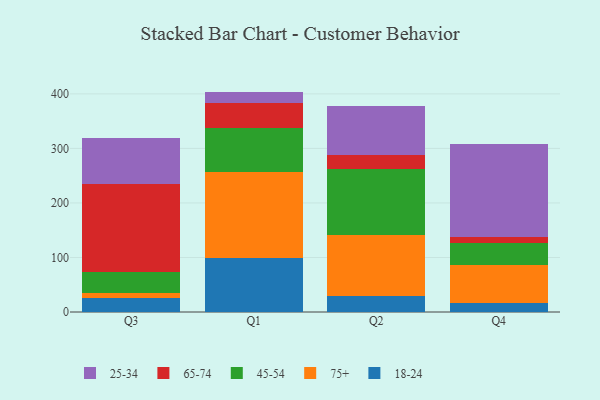
{"axis": {"x": "Quarter", "y": "Inventory Turnover"}, "legend": ["18-24", "25-34", "45-54", "65-74", "75+"], "data": [{"x": "Q3", "y": 26.3, "type": "18-24"}, {"x": "Q3", "y": 8.9, "type": "75+"}, {"x": "Q3", "y": 38.7, "type": "45-54"}, {"x": "Q3", "y": 160.6, "type": "65-74"}, {"x": "Q3", "y": 84.9, "type": "25-34"}, {"x": "Q1", "y": 98.6, "type": "18-24"}, {"x": "Q1", "y": 157.6, "type": "75+"}, {"x": "Q1", "y": 81.7, "type": "45-54"}, {"x": "Q1", "y": 44.6, "type": "65-74"}, {"x": "Q1", "y": 21.7, "type": "25-34"}, {"x": "Q2", "y": 30.2, "type": "18-24"}, {"x": "Q2", "y": 110.4, "type": "75+"}, {"x": "Q2", "y": 120.8, "type": "45-54"}, {"x": "Q2", "y": 27.1, "type": "65-74"}, {"x": "Q2", "y": 88.5, "type": "25-34"}, {"x": "Q4", "y": 15.9, "type": "18-24"}, {"x": "Q4", "y": 70.2, "type": "75+"}, {"x": "Q4", "y": 39.6, "type": "45-54"}, {"x": "Q4", "y": 11.5, "type": "65-74"}, {"x": "Q4", "y": 171.4, "type": "25-34"}]}